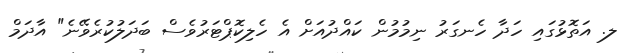
ލ. އަތޮޅުގައި ހަދާ ހެނގަރު ނިމުމުން ކައްދުއަށް އެ ހެލިކޮޕްޓަރުވެސް ބަދަލުކުރެވޭނެ" އާދަމް